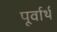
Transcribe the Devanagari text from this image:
पूर्वार्थ